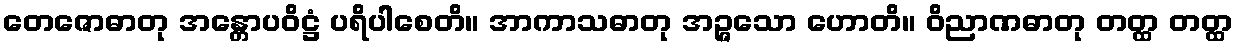
တေဇောဓာတု အန္တောပဝိဋ္ဌံ ပရိပါစေတိ။ အာကာသဓာတု အဉ္ဇသော ဟောတိ။ ဝိညာဏဓာတု တတ္ထ တတ္ထ